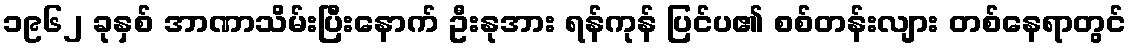
၁၉၆၂ ခုနှစ် အာဏာသိမ်းပြီးနောက် ဦးနုအား ရန်ကုန် ပြင်ပ၏ စစ်တန်းလျား တစ်နေရာတွင်